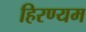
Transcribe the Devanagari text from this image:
हिरण्यम